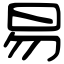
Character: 易